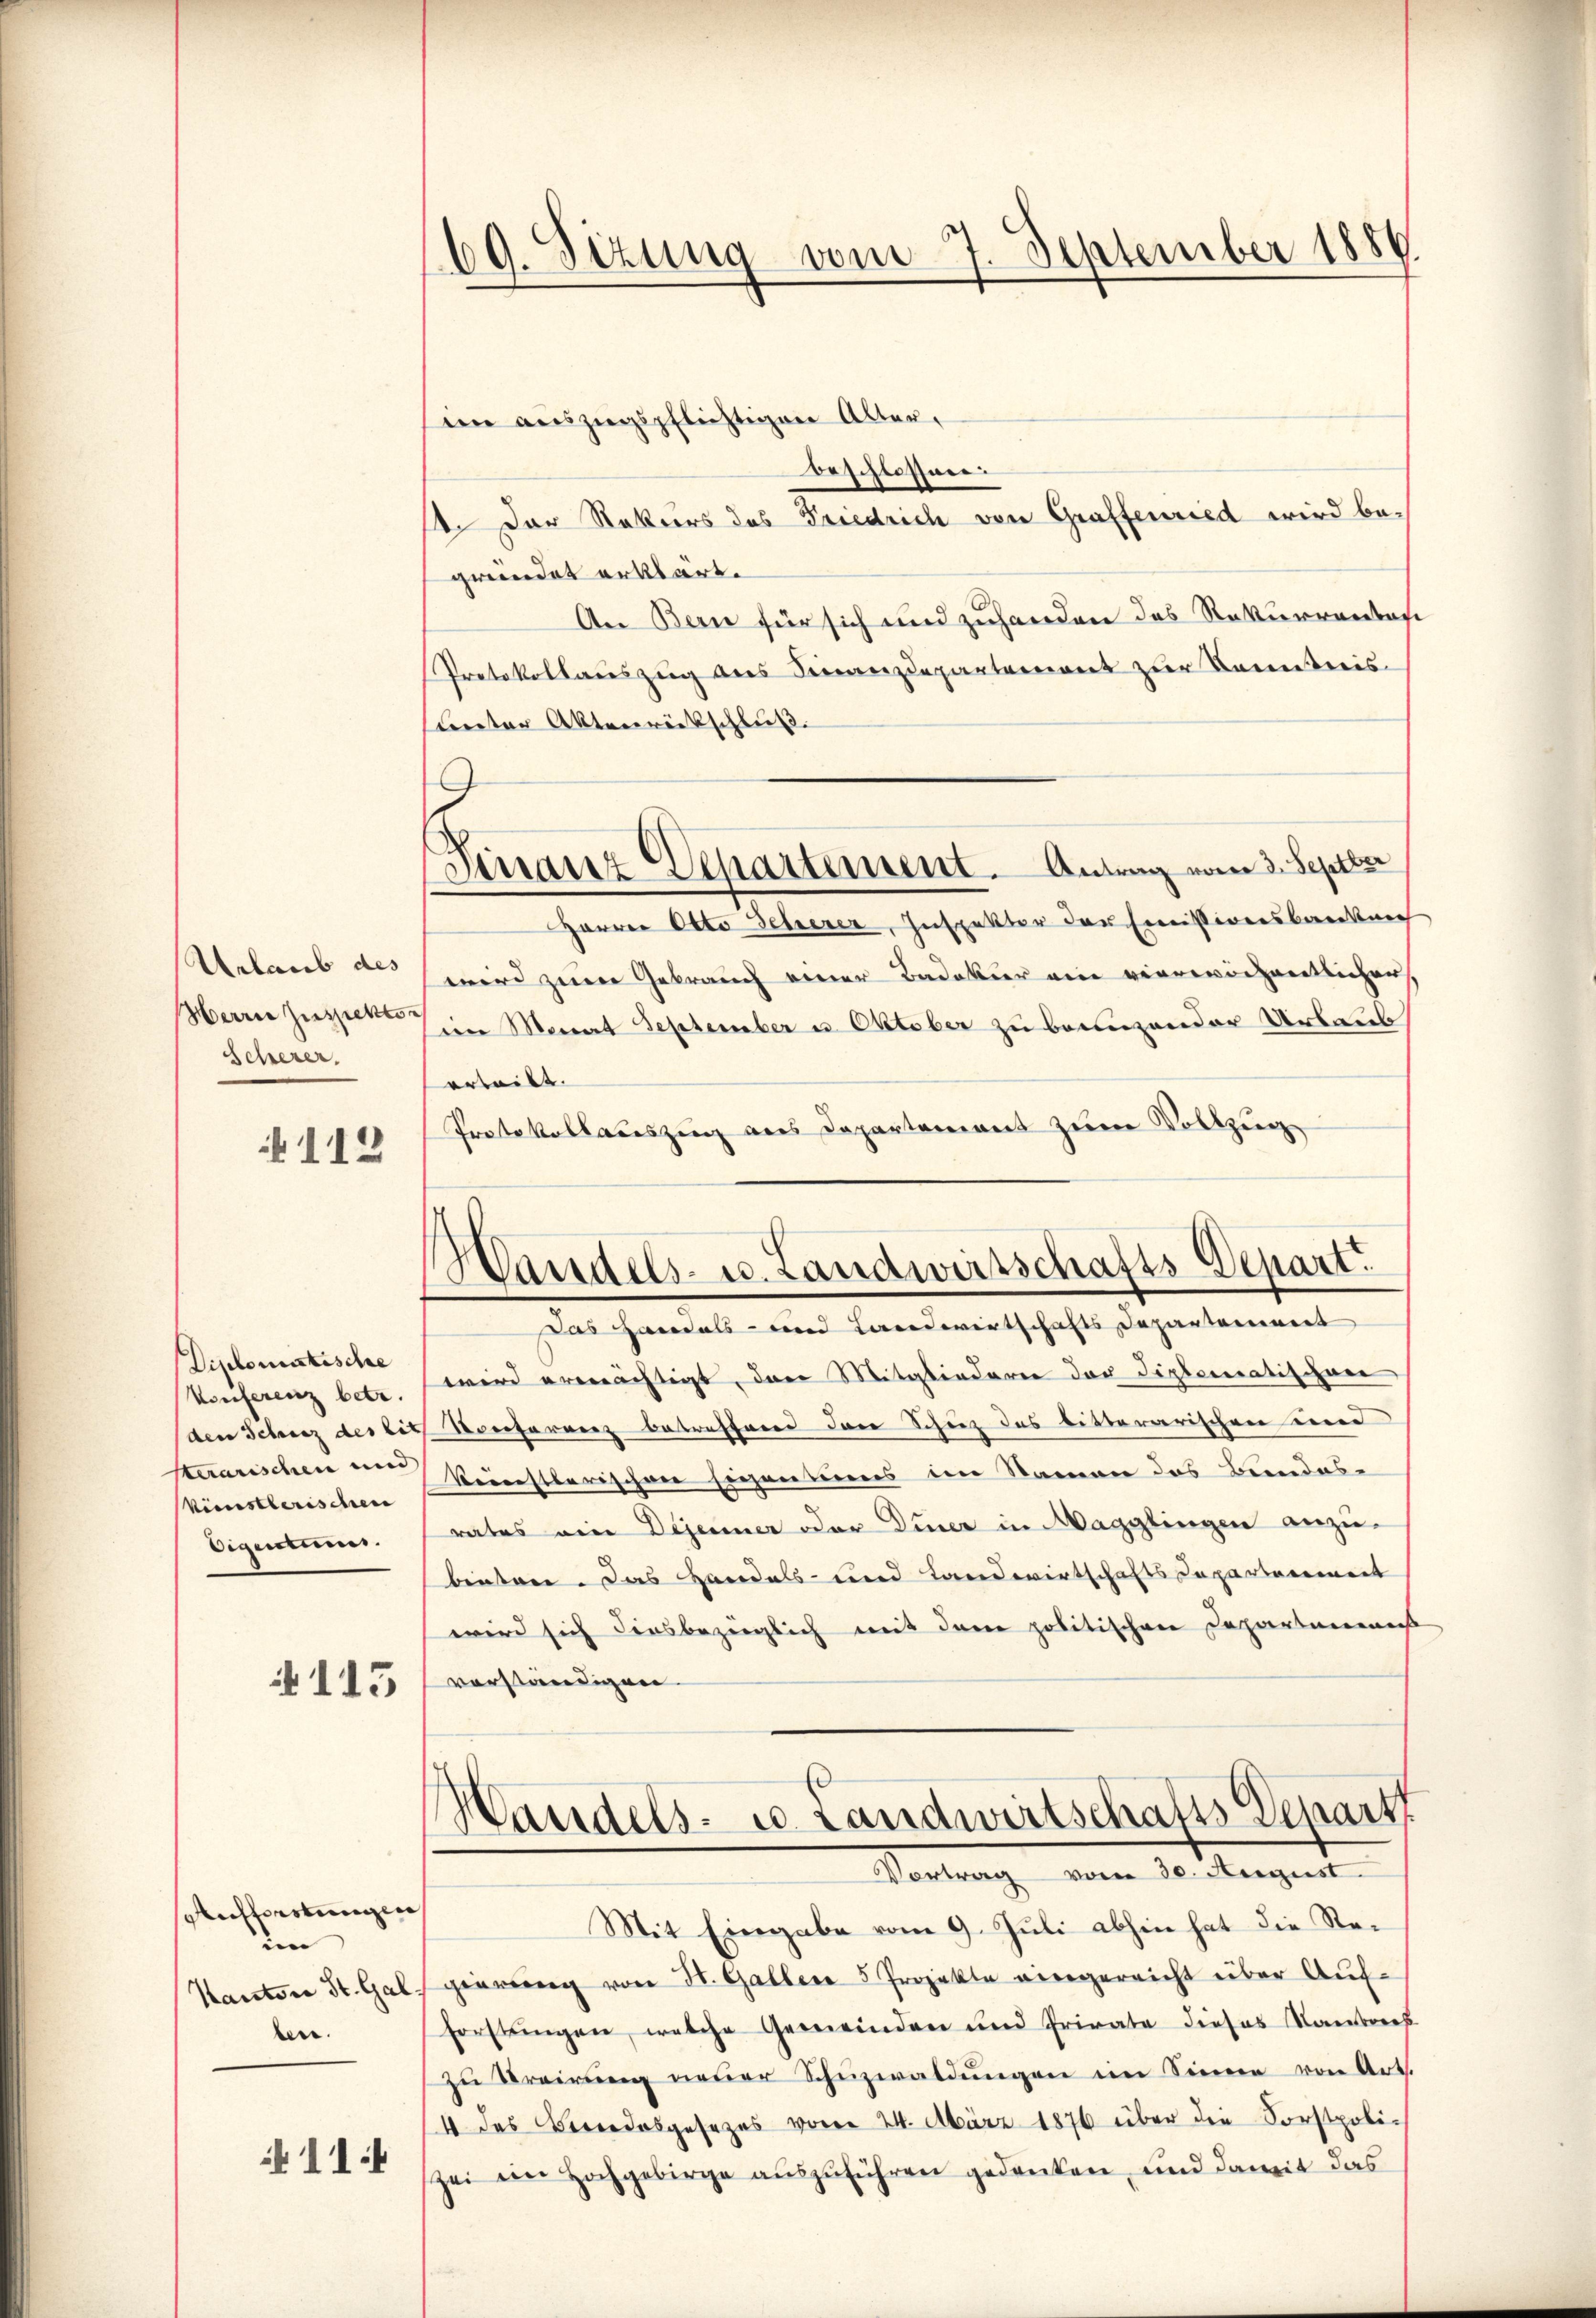
Urlaub des
Herrer Zuspektor
Scherer.

+ 112

Diplomatische
Konferenz betr.
den Schranz des lit
sterarischen und
Vienstlerischen
Eigentums.

115

Antwortungen,
em
Kanton St. Gal
ben.

11:4

69. Sizung vom 7. September 1886

Finanz Departement. Antrag vom 3. Septbr

in auszugspflichtigen Alter,
beschlossen.
1. Der Rekurs des Friedrich von Graffenried wird beprendet erklärt.
An Bern für sich und zuhanden das Rekurrentasi
Protokollauszug des Finanzdepartement zur Kontreis-
unter Aktenrückschluß.
9
Harrer Otto Gehrerer, Inspektor der Einistirensbarkeich
wird zur Gebrauch einer Badekier von verreichentlicher
eine Monat September u. Oktober zu brenzender Urlaub
erteilt. |
Protokollateszug aus Departement zum Vollzug
Handels- u. Landwirtschafts-Depart.
Das Handels- und Landwirtschafts Departement
wird ermächtigt, das Mitgliederen der Diplomatischen
Konferenz betreffend dann Schuz des bitterarischen und
Reiestlerischen Eigeneins in Namen das Bundes-
rates eine Dejeuner oder Diner in Magglingen anzu-
beiten. Das Handels- und Landwirtschaftsdepartenweit
wird sich diesbezüglich mit dem politischen Departemens
verständigen

Handels- u. Landwirtschafts Depart
Vortrag vom 30. August

Mit Eingabe vom 9. Juli abhin hat die Regierung von St. Galler 5 Projekte eingereicht über Auf-
Forstungen, welche Gemeinden und Private dieses Kantreeh
zŭ Breirŭng neŭer Schnzwaldŭngen im Sinne von Art.
4 des Beredesgesezes vom 24. März 1876 über die Forstpoli-
Zei ein Hochgebirge auszuführen gedanken, und damit das